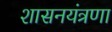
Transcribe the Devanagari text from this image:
शासनयंत्रणा